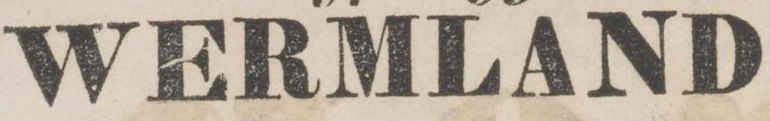
WERMLAND,